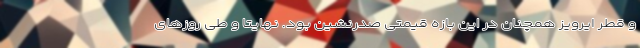
و قطر ایرویز همچنان در این بازه قیمتی صدرنشین بود. نهایتا و طی روزهای